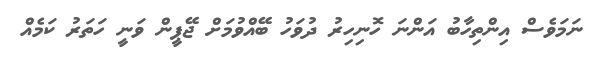
ނަމަވެސް އިންތިހާބު އަންނަ ހޮނިހިރު ދުވަހު ބޭއްވުމަށް ޖޭޕީން ވަނީ ހަތަރު ކަމެއް